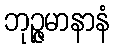
ဘုဉ္ဇမာနာနံ